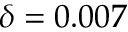
\delta = 0 . 0 0 7